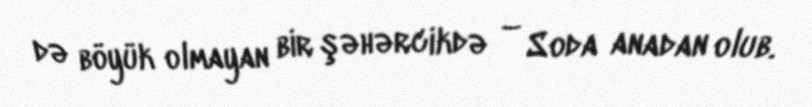
də böyük olmayan bir şəhərcikdə – Soda anadan olub.